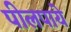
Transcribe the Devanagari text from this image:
पीलपाये